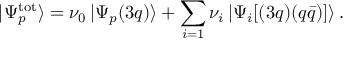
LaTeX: | \Psi _ { p } ^ { \mathrm { t o t } } \rangle = \nu _ { 0 } \, | \Psi _ { p } ( 3 q ) \rangle + \sum _ { i = 1 } \nu _ { i } \, | \Psi _ { i } [ ( 3 q ) ( q \bar { q } ) ] \rangle \: .